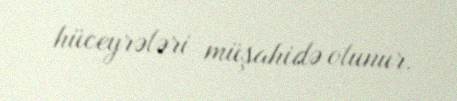
hüceyrələri müşahidə olunur.